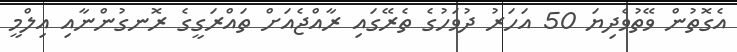
އެގޮތުން ވޭތުވެދިޔަ 50 އަހަރު ދުވަހުގެ ތެރޭގައި ރާއްޖެއަށް ތައްރަގީގެ ރޮނގުންނާއި އިލްމީ